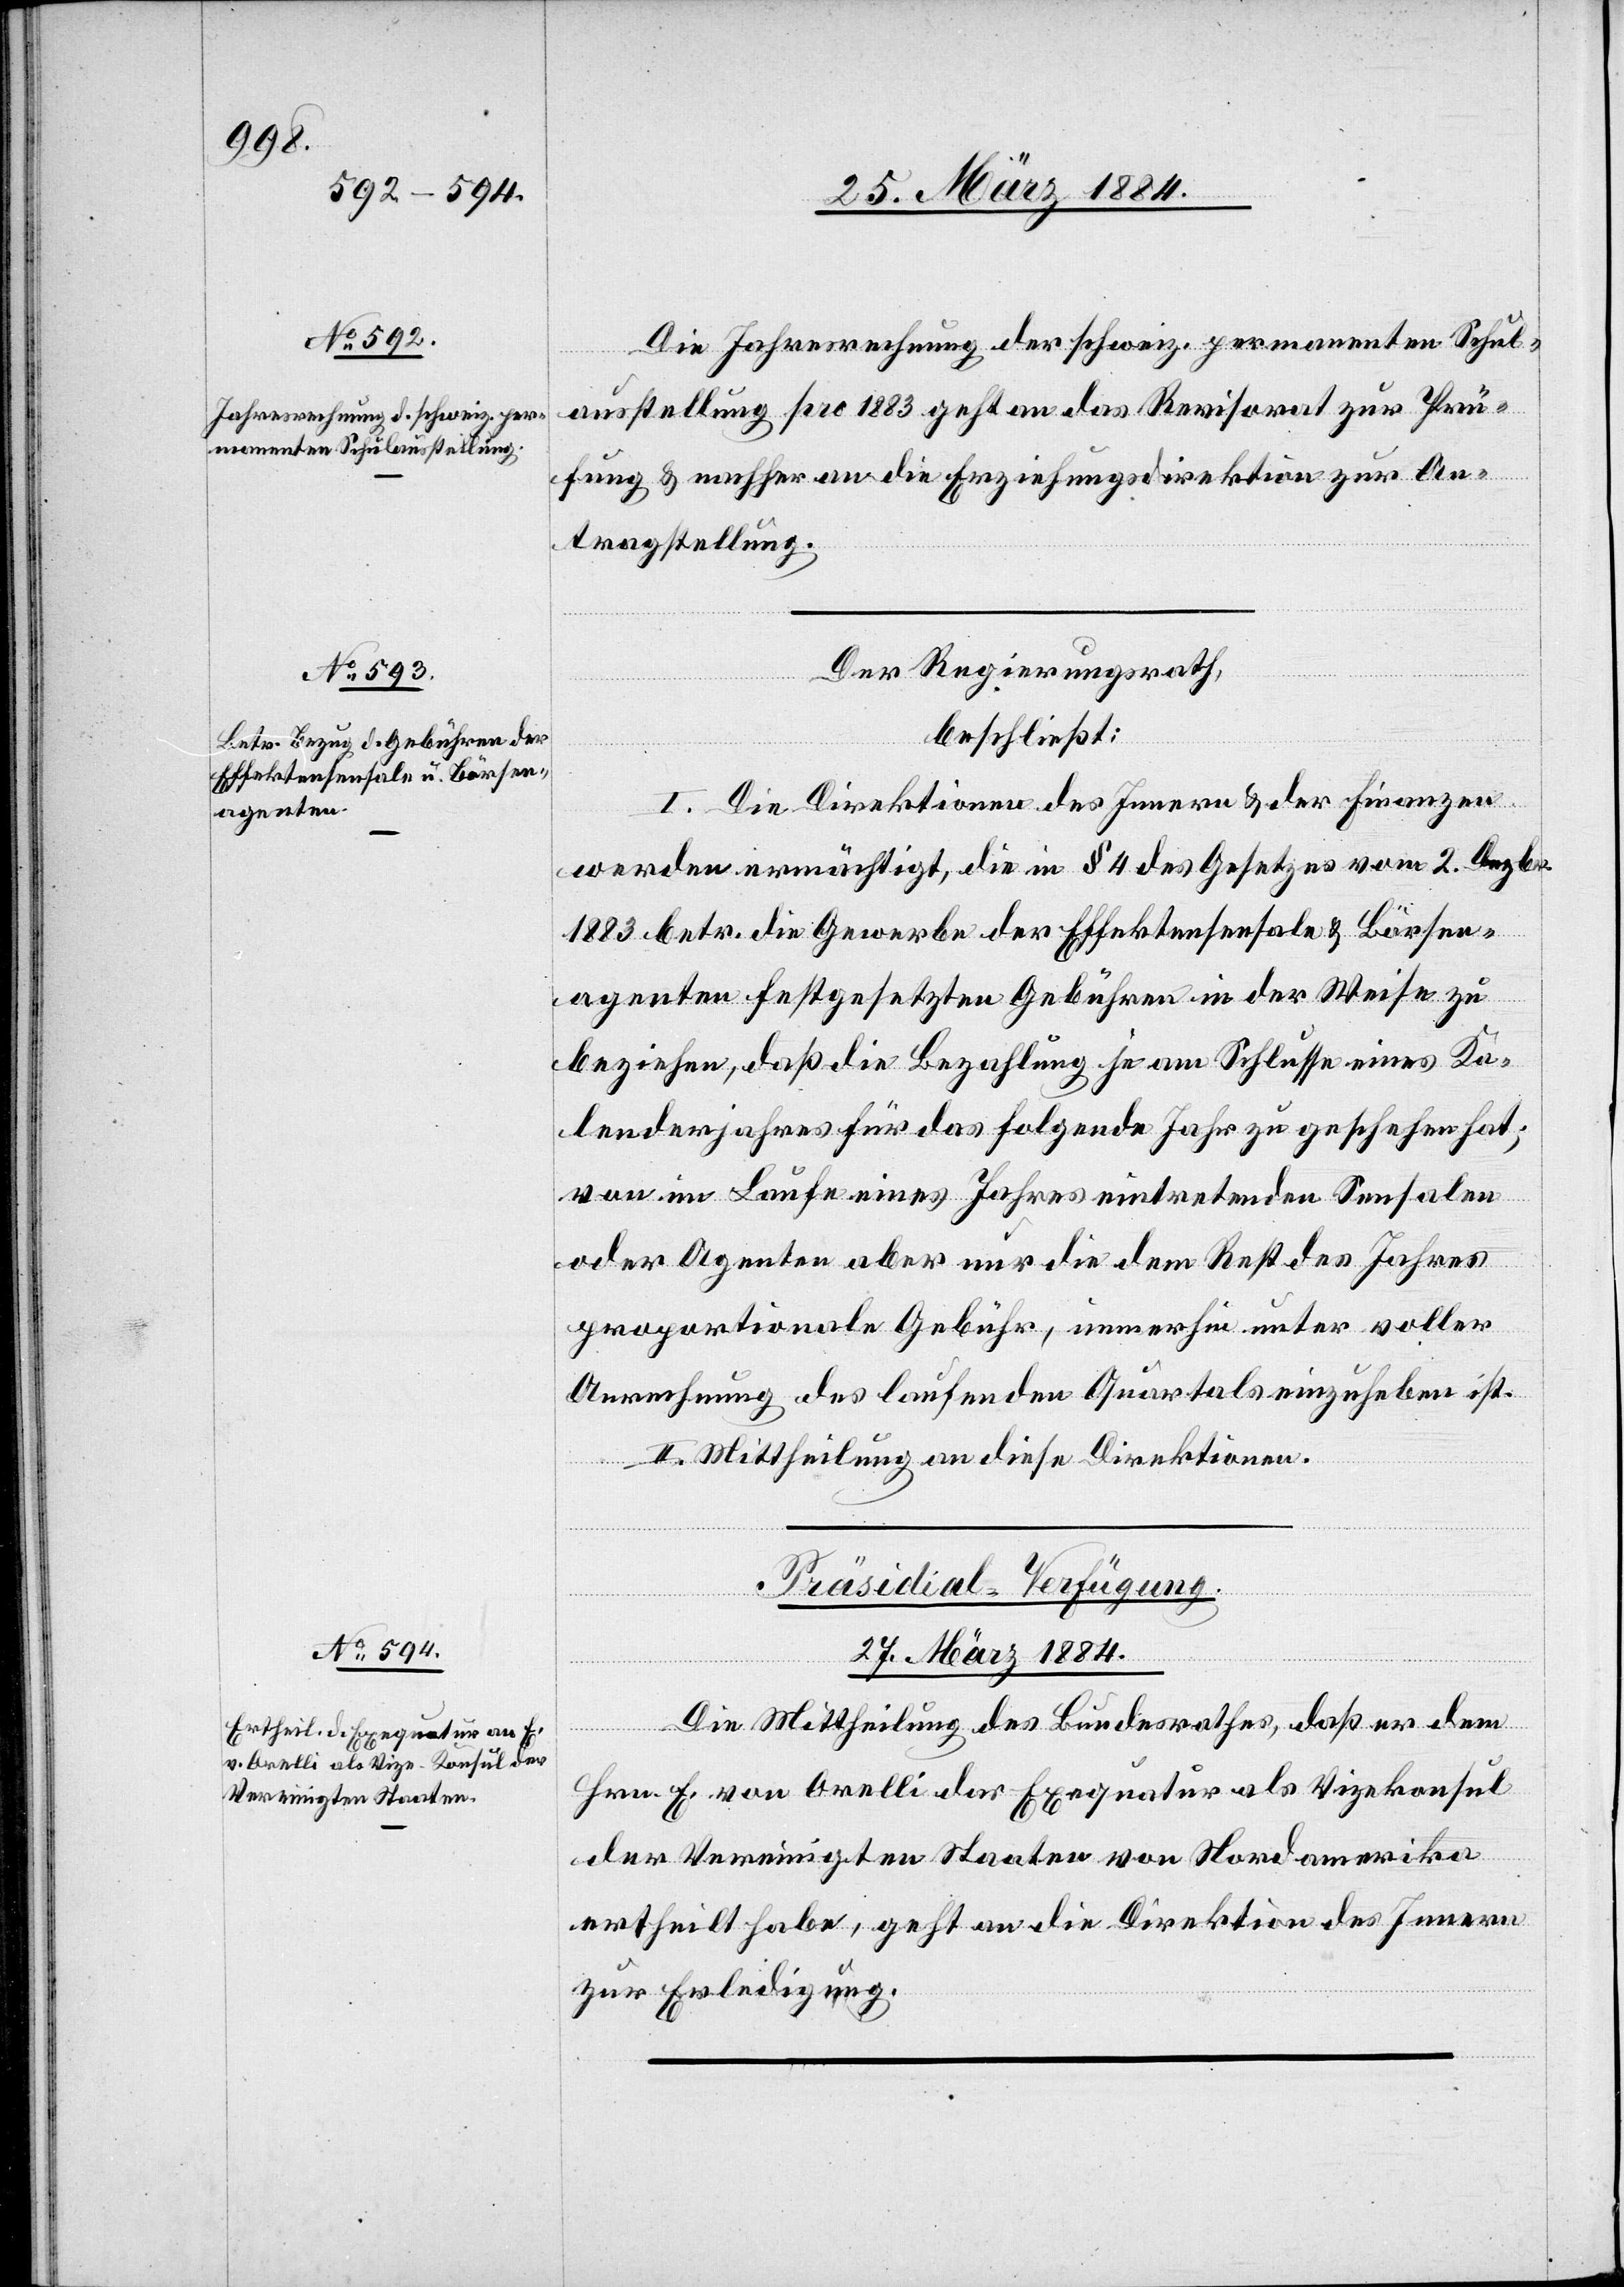
Die Jahresrechnung der schweiz. permanenten Schul¬
aus[s]tellung pro 1883 geht an das Revisorat zur Prü¬
fung & nachher an die Erziehungsdirektion zur An¬
tragstellung.
Der Regierungsrath,
beschließt:
I. Die Direktionen des Innern & der Finanzen
werden ermächtigt, die in § 4 des Gesetzes vom 2. Dezbr.
1883 betr. die Gewerbe der Effektensensale & Börsen¬
agenten festgesetzten Gebühren in der Weise zu
beziehen, daß die Bezahlung je am Schlusse eines Ka¬
lenderjahres für das folgende Jahr zu geschehen hat;
von im Laufe eines Jahres eintretenden Sensalen
oder Agenten aber nur die dem Rest des Jahres
proportionale Gebühr, immerhin unter voller
Anrechnung des laufenden Quartals einzuheben ist.
II. Mittheilung an diese Direktionen.
Präsidial-Verfügung.
27. März 1884.
Die Mittheilung des Bundesrathes, daß er dem
Hrn. E. von Orelli den Exequatur als Vizekonsul
der Vereinigten Staaten von Nordamerika
ertheilt habe, geht an die Direktion des Innern
zur Erledigung.